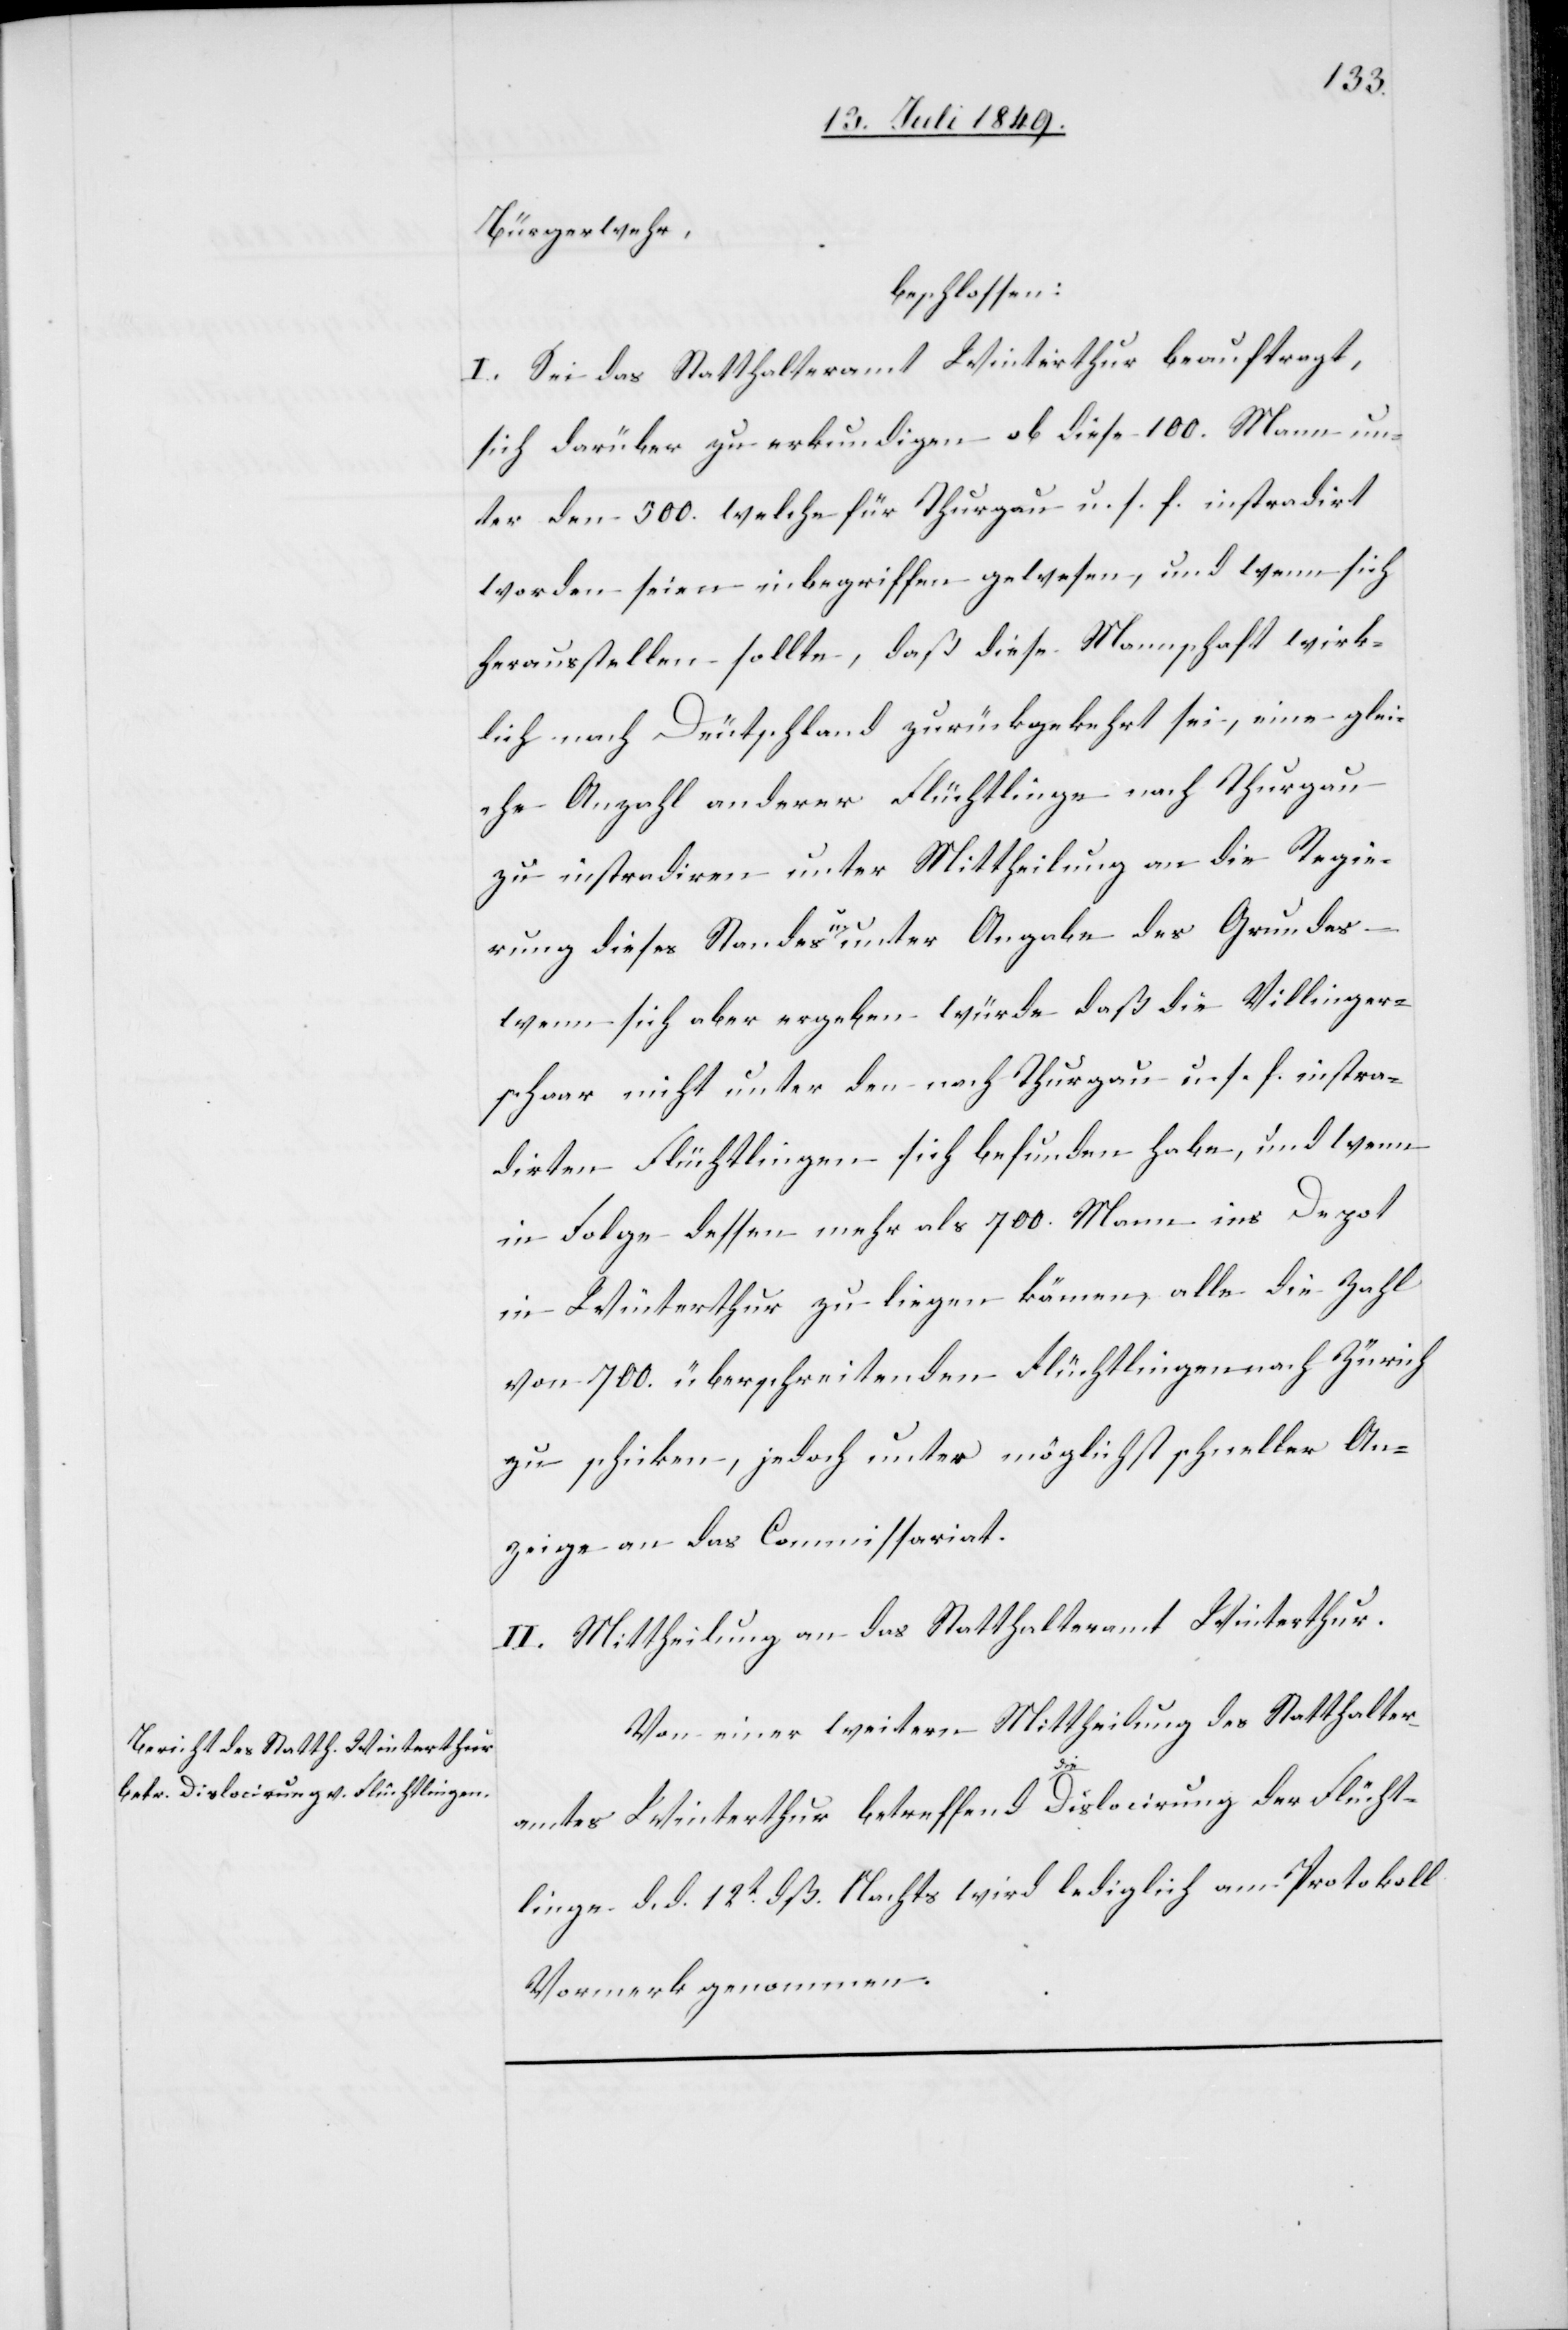
Bürgerwehr,
beschlossen:
I. Sei das Statthalteramt Winterthur beauftragt,
sich darüber zu erkundigen ob diese 100. Mann un¬
ter den 500. welche für Thurgau u. s. f. instradirt
worden seien inbegriffen gewesen, und wenn sich
herausstellen sollte, daß diese Mannschaft wirk¬
lich nach Deutschland zurückgekehrt sei, eine glei¬
che Anzahl anderer Flüchtlinge nach Thurgau
zu instradiren unter Mittheilung an die Regie¬
rung dieses Standes u. unter Angabe des Grundes
wenn sich aber ergeben würde daß die Villinger¬
schaar nicht unter den nach Thurgau u. s. f. instra¬
dirten Flüchtlingen sich befunden habe, und wenn
in Folge dessen mehr als 700. Mann ins Depot
in Winterthur zu liegen kämen, alle die Zahl
von 700. überschreitenden Flüchtlingen nach Zürich
zu schicken, jedoch unter möglichst schneller An¬
zeige an das Commissariat.
II. Mittheilung an das Statthalteramt Winterthur.
Von einer weitern Mittheilung des Statthalter¬
amtes Winterthur betreffend die Dislocirung der Flücht¬
linge d. d. 12t dß. Nachts wird lediglich am Protokoll
Vormerk genommen.